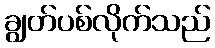
ချွတ်ပစ်လိုက်သည်